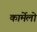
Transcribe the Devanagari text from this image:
कार्मेलो